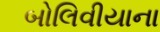
બોલિવીયાના